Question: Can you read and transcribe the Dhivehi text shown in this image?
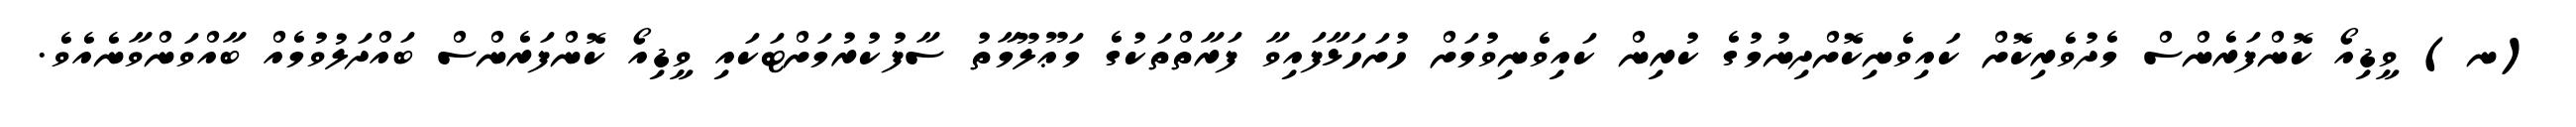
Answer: (ނ) ވީޑިއޯ ކޮންފަރެންސް މެދުވެރިކޮށް ކައިވެނިކޮށްދިނުމުގެ ކުރިން ކައިވެނިވުމަށް ހުށަހަޅާފައިވާ ފަރާތްތަކުގެ މަޢޫލޫމާތު ސާފުކުރުމަށްޓަކައި ވީޑިއޯ ކޮންފަރެންސް ބައްދަލުވުމެއް ބާއްވަންވާނެއެވެ.